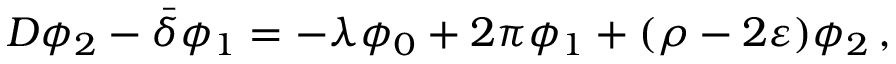
D \phi _ { 2 } - { \bar { \delta } } \phi _ { 1 } = - \lambda \phi _ { 0 } + 2 \pi \phi _ { 1 } + ( \rho - 2 \varepsilon ) \phi _ { 2 } \, ,